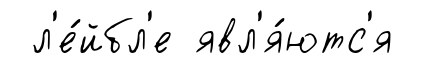
л'е́йбл'е явл'я́ютс'я